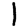
Digit: 1